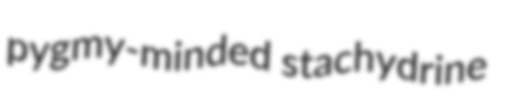
pygmy-minded stachydrine